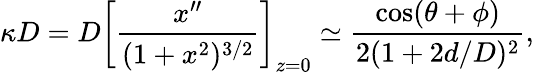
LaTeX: \kappa D=D\left[\frac{x^{\prime\prime}}{(1+x^{2})^{3/2}}\right]_{z=0}\simeq\frac{\cos(\theta+\phi)}{2(1+2d/D)^{2}},